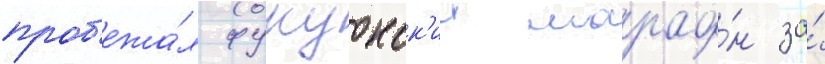
проб'ежа́л фукуокск'ии марафо́н за́